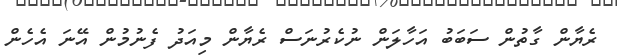
ރެޔާން ގާތުން ސަބަބު އަހާލަން ނުކެރުނަސް ރެޔާން މިއަދު ފެނުމުން އޭނަ އެހެން